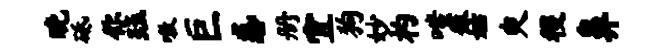
晚砥你珏嗷巨惑册宜狗妙杓嗤徽姑臾稷鼻